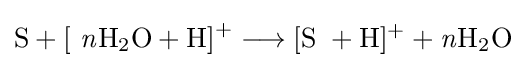
{\mathrm {S} {}+{}[~{\mathit {n}}\mathrm {H} {\vphantom {A}}_{\smash[{t}]{2}}\mathrm {O} {}+{}\mathrm {H} ]{\vphantom {A}}^{+}{}\mathrel {\longrightarrow } {}{\mathrm {[{S}~+H]^{+}} }{}+{}{\mathit {n}}\mathrm {H} {\vphantom {A}}_{\smash[{t}]{2}}\mathrm {O} }